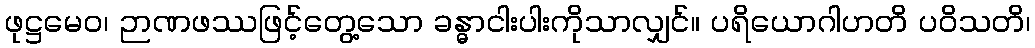
ဖုဋ္ဌမေဝ၊ ဉာဏဖဿဖြင့်တွေ့သော ခန္ဓာငါးပါးကိုသာလျှင်။ ပရိယောဂါဟတိ ပဝိသတိ၊